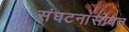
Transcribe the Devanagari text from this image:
संघटनांसोबत